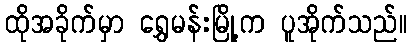
ထိုအခိုက်မှာ ရွှေမန်းမြို့က ပူအိုက်သည်။